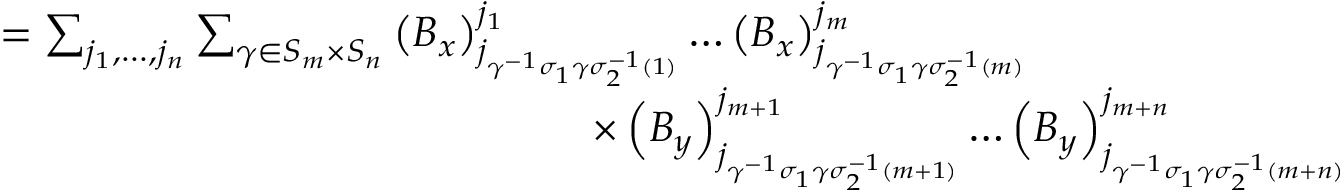
\begin{array} { r l } { } & { = \sum _ { j _ { 1 } , \dots , j _ { n } } \sum _ { \gamma \in S _ { m } \times S _ { n } } \left( B _ { x } \right) _ { j _ { \gamma ^ { - 1 } \sigma _ { 1 } \gamma \sigma _ { 2 } ^ { - 1 } ( 1 ) } } ^ { j _ { 1 } } \dots \left( B _ { x } \right) _ { j _ { \gamma ^ { - 1 } \sigma _ { 1 } \gamma \sigma _ { 2 } ^ { - 1 } ( m ) } } ^ { j _ { m } } } \\ { } & { \qquad \qquad \qquad \qquad \qquad \qquad \qquad \times \left( B _ { y } \right) _ { j _ { \gamma ^ { - 1 } \sigma _ { 1 } \gamma \sigma _ { 2 } ^ { - 1 } ( m + 1 ) } } ^ { j _ { m + 1 } } \dots \left( B _ { y } \right) _ { j _ { \gamma ^ { - 1 } \sigma _ { 1 } \gamma \sigma _ { 2 } ^ { - 1 } ( m + n ) } } ^ { j _ { m + n } } } \end{array}